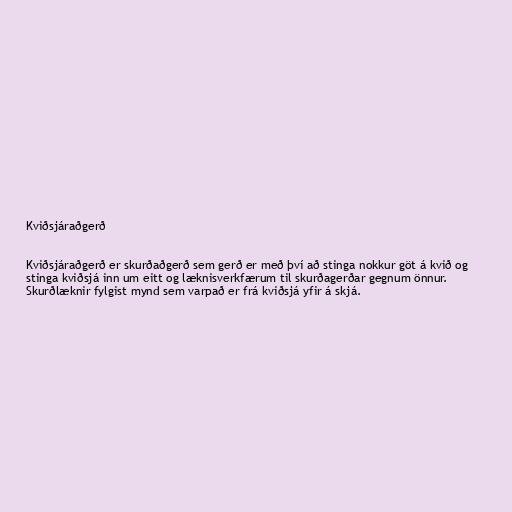
Kviðsjáraðgerð

Kviðsjáraðgerð er skurðaðgerð sem gerð er með því að stinga nokkur göt á kvið og
stinga kviðsjá inn um eitt og læknisverkfærum til skurðagerðar gegnum önnur.
Skurðlæknir fylgist mynd sem varpað er frá kviðsjá yfir á skjá.